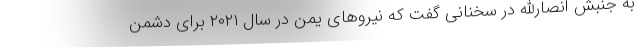
به جنبش انصارالله در سخنانی گفت که نیروهای یمن در سال ۲۰۲۱ برای دشمن